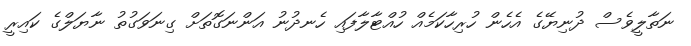
ނަތާލީވެސް ދުނިޔޭގެ އެހެން ހުރިހާކަމެއް ހުއްޓާލާފައި ހެނދުނު އަންނަގޮތަށް ގިނަވަގުތު ނާޔަލްގެ ކައިރީ